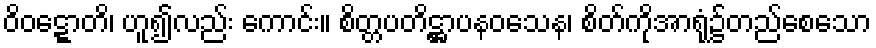
ဝိဝဋ္ဋောတိ၊ ဟူ၍လည်း ကောင်း။ စိတ္တပတိဋ္ဌာပနဝသေန၊ စိတ်ကိုအာရုံ၌တည်စေသော